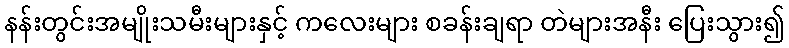
နန်းတွင်းအမျိုးသမီးများနှင့် ကလေးများ စခန်းချရာ တဲများအနီး ပြေးသွား၍